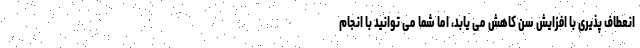
انعطاف پذیری با افزایش سن کاهش می یابد، اما شما می توانید با انجام